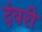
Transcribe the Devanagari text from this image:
दंवरी